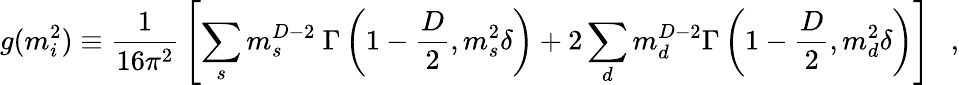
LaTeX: g(m_{i}^{2})\equiv{\frac{1}{16\pi^{2}}}\left[\sum_{s}m_{s}^{D-2}{}~\Gamma\left(1-\frac D2,m_{s}^{2}\delta\right)+2\sum_{d}m_{d}^{D-2}\Gamma\left(1-\frac D2,m_{d}^{2}\delta\right)\right]~~~,